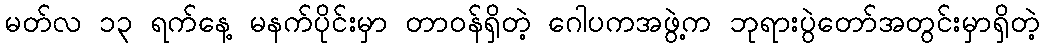
မတ်လ ၁၃ ရက်နေ့ မနက်ပိုင်းမှာ တာဝန်ရှိတဲ့ ဂေါပကအဖွဲ့က ဘုရားပွဲတော်အတွင်းမှာရှိတဲ့